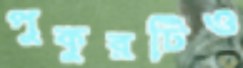
পুকুরটিও